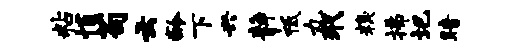
粘悄苟云龄下兴静祗丸玳糗拂圮暗